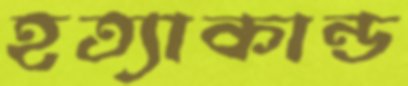
হত্যাকান্ড